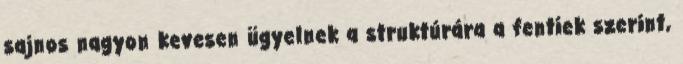
sajnos nagyon kevesen ügyelnek a struktúrára a fentiek szerint,